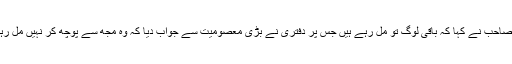
ان صاحب نے کہا کہ باقی لوگ تو مل رہے ہیں جس پر دفتری نے بڑی معصومیت سے جواب دیا کہ وہ مجھ سے پوچھ کر نہیں مل رہے۔